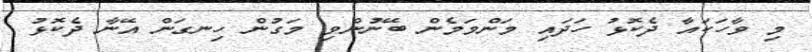
މި ވާހަކައާ ދެކޮޅު ހަދައި މަންމަމެން ބޭނުންވި މަގުން ހިނގަން އޭނާ ދެކޮޅު